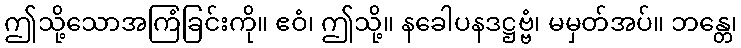
ဤသို့သောအကြံခြင်းကို။ ဧဝံ၊ ဤသို့။ နခေါပနဒဋ္ဌဗ္ဗံ၊ မမှတ်အပ်။ ဘန္တေ၊